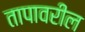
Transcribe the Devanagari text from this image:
तापावरील